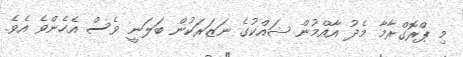
މި ޕްރޮގްރާމާ މެދު އާއްމުން ޝައްކުގެ ނަޒަރަކުން ބަލަނީ ވެސް އެހެންވެ އެވެ.